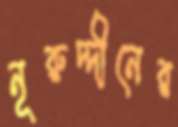
নূরুদ্দীনের